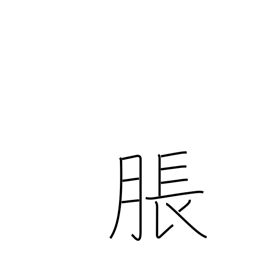
Meaning: bulge